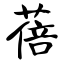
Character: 蓓